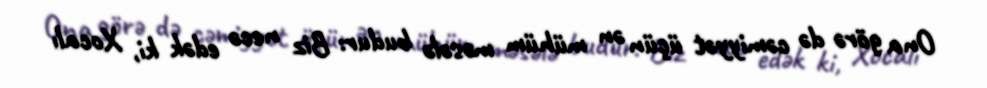
Ona görə də cəmiyyət üçün ən mühüm məsələ budur: Biz necə edək ki, Xocalı